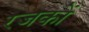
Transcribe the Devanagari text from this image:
रजकों